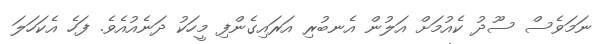
ނަމަވެސް ސޫދު ކެއުމަށް އަލުން އެނބުރި އަރައިގެންފި މީހަކު ދަނެއުއެވެ. ފަހެ އެކަހަލަ